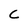
Character: C